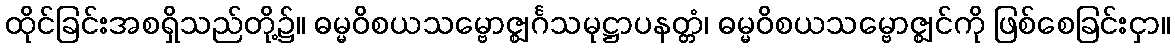
ထိုင်ခြင်းအစရှိသည်တို့၌။ ဓမ္မဝိစယသမ္ဗောဇ္ဈင်္ဂသမုဋ္ဌာပနတ္တံ၊ ဓမ္မဝိစယသမ္ဗောဇ္ဈင်ကို ဖြစ်စေခြင်းငှာ။